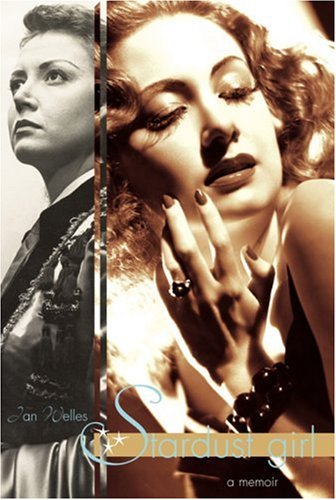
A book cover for Stardust Girl: A Memoir; Jan Welles; Gay & Lesbian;